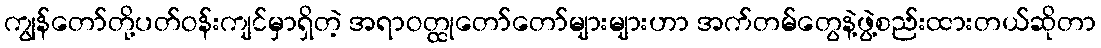
ကျွန်တော်တို့ပတ်ဝန်းကျင်မှာရှိတဲ့ အရာဝတ္ထုတော်တော်များများဟာ အက်တမ်တွေနဲ့ဖွဲ့စည်းထားတယ်ဆိုတာ